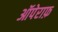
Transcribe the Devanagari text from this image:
ऑपेराफ़